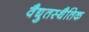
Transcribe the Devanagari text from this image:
वैद्युतस्थैतिक